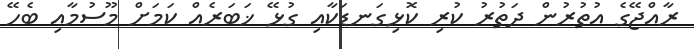
ރާއްޖޭގެ އުތުރުން ދަތުރު ކުރި ކޮޅިގަނޑަކާއި ގުޅޭ ޚަބަރެއް ކަމަށް މޫސުމާއި ބެހޭ